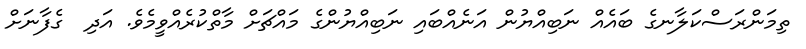
ތިމަންރަސްކަލާނގެ ބައެއް ނަބިއްޔުން އަނެއްބައި ނަބިއްޔުންގެ މައްޗަށް މާތްކުރެއްވީމެވެ. އަދި  ގެފާނަށް